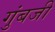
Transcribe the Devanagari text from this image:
गुंबजी